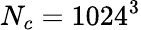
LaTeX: N_{c}=1024^{3}